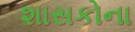
શાસકોના